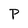
Character: P